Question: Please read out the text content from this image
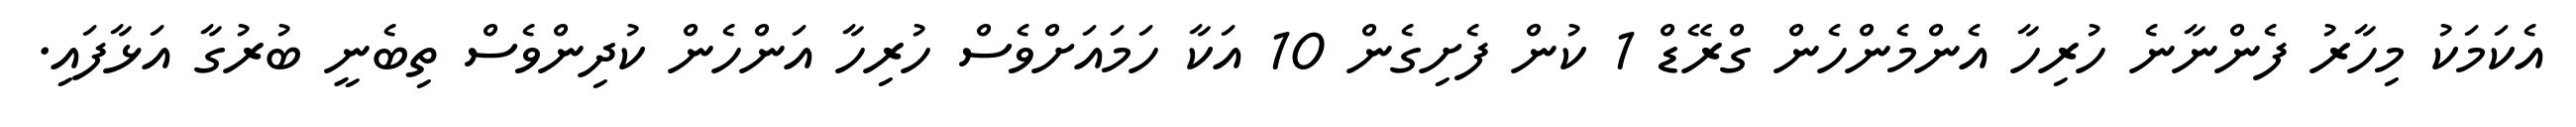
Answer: އެކަމަކު މިހާރު ފެންނާނެ ހުރިހާ އެންމެންހެން ގްރޭޑް 1 ކުން ފެށިގެން 10 އަކާ ހަމައަށްވެސް ހުރިހާ އަންހެން ކުދިންވެސް ތިބެނީ ބުރުގާ އަޅާފައި.